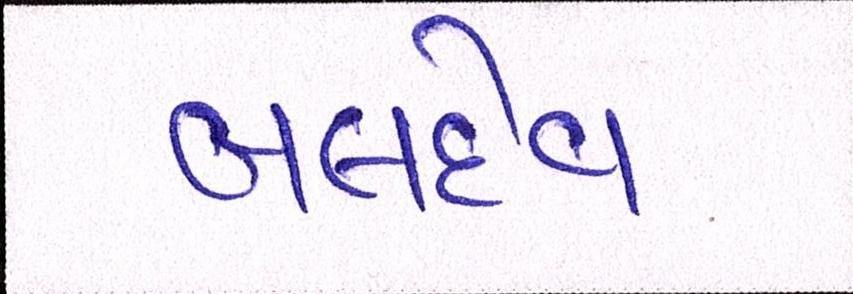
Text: બલદેવ